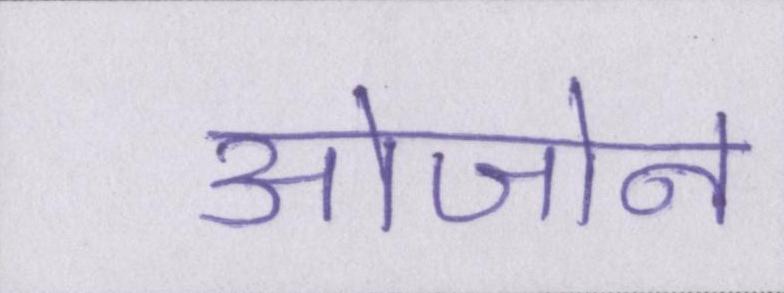
ओजोन